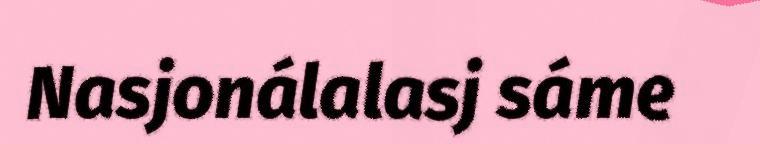
Nasjonálalasj sáme